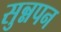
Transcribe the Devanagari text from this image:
सुन्नपन